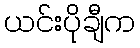
ယင်းပိုချီက